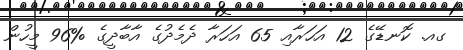
ގއ. ކޮނޑޭގެ 12 އަހަރާއި 65 އަހަރާ ދެމެދުގެ އާބާދީގެ %96 މީހުން